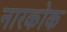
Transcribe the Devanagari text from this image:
नारकोक